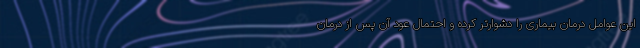
این عوامل درمان بیماری را دشوارتر کرده و احتمال عود آن پس از درمان